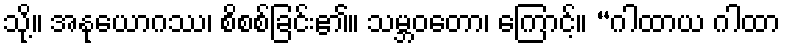
သို့။ အနုယောဂဿ၊ စိစစ်ခြင်း၏။ သမ္ဘဝတော၊ ကြောင့်။ “ဂါထာယ ဂါထာ